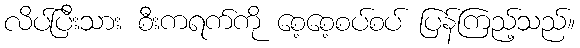
လိပ်ပြီးသား စီးကရက်ကို စေ့စေ့စပ်စပ် ပြန်ကြည့်သည်။